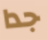
جدا